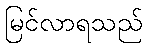
မြင်လာရသည်